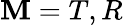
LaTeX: \mathbf{M}=T,R